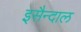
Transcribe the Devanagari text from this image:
इसैन्दाल